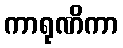
ကာရုဏိကာ